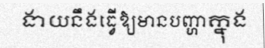
ងាយនឹងធ្វើឱ្យមានបញ្ហាក្នុង